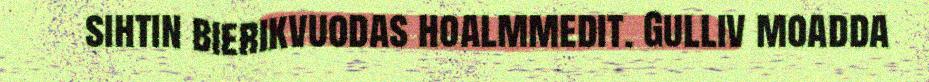
sihtin bierikvuodas hoalmmedit. Gulliv moadda